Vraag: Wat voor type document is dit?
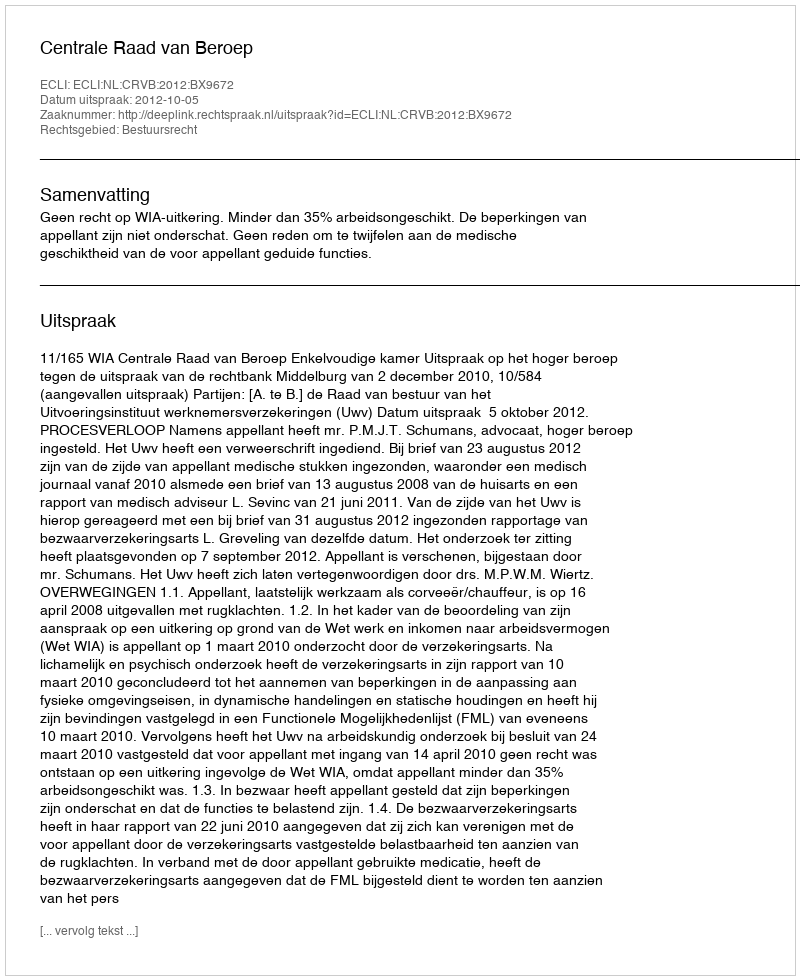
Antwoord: Uitspraak